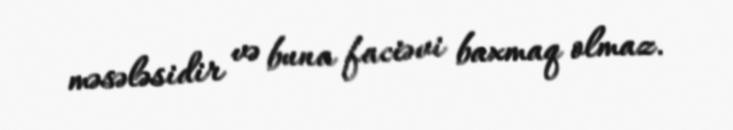
məsələsidir və buna faciəvi baxmaq olmaz.